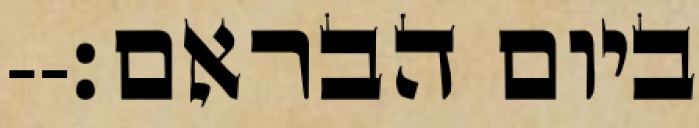
ביום הבראם׃--